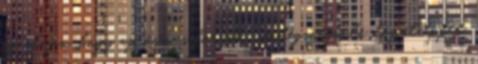
az elején, hogy az összes korábbi vendégszereplő közül éppen